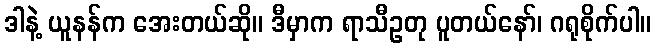
ဒါနဲ့ ယူနန်က အေးတယ်ဆို။ ဒီမှာက ရာသီဥတု ပူတယ်နော်၊ ဂရုစိုက်ပါ။